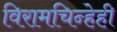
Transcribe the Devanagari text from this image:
विरामचिन्हेही